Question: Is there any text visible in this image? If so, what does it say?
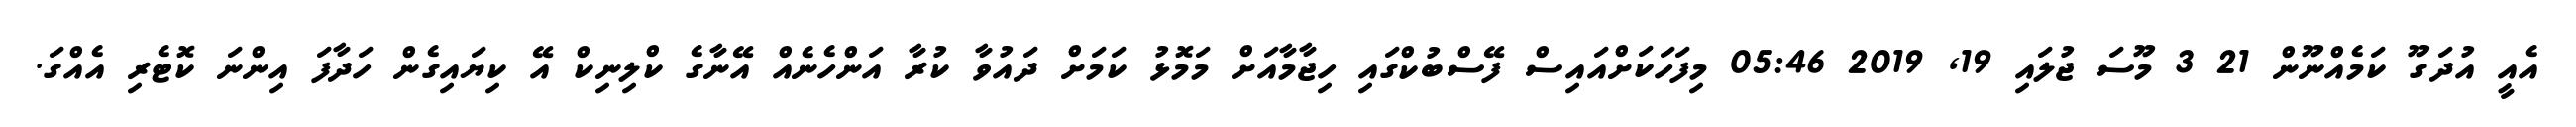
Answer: އެއީ އުދަގޫ ކަމެއްނޫން 21 3 މޫސަ ޖުލައި 19, 2019 05:46 މިފަހަކަށްއައިސް ފޭސްބުކްގައި ހިޖާމާއަށް މަމޮޅު ކަމަށް ދައުވާ ކުރާ އަންހެނެއް އޭނާގެ ކްލިނިކް އޭ ކިޔައިގެން ހަދާފަ އިންނަ ކޮޓެރި އެއްގަ.